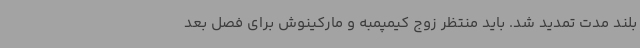
بلند مدت تمدید شد. باید منتظر زوج کیمپمبه و مارکینوش برای فصل بعد